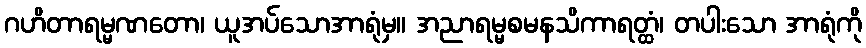
ဂဟိတာရမ္မဏတော၊ ယူအပ်သောအာရုံမှ။ အညာရမ္မစမနသိကာရတ္ထံ၊ တပါးသော အာရုံကို